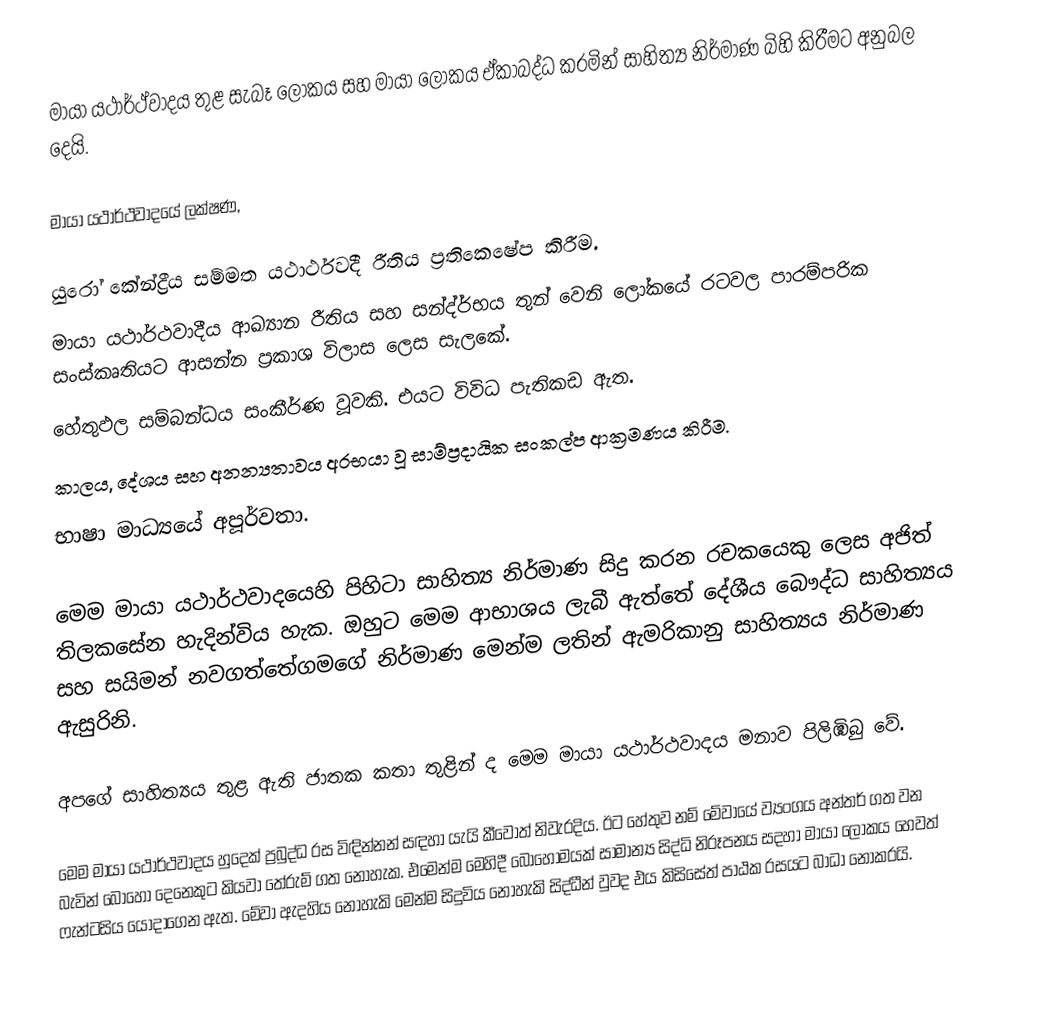
මායා යථාර්ථ්වාදය තුළ සැබෑ ලෝකය සහ මායා ලෝකය ඒකාබද්ධ කරමින් සාහිත්‍ය නිර්මාණ බිහි කිරීමට අනුබල දෙයි.

මායා යථාර්ථවාදයේ ලක්ෂණ,

 යුරෝ කේන්ද්‍රීය සම්මත යථාර්ථවදී රීතිය ප්‍රතිකෙෂේප කිරීම.
 මායා යථාර්ථවාදීය ආඛ්‍යාන රීතිය සහ සන්ද්ර්භය තුන් වෙනි ලෝකයේ රටවල පාරම්පරික සංස්කෘතියට ආසන්න ප්‍රකාශ විලාස ලෙස සැලකේ.
 හේතුඵල සම්බන්ධය සංකීර්ණ වූවකි. එයට විවිධ පැතිකඩ ඇත.
 කාලය, දේශය සහ අනන්‍යතාවය අරභයා වූ සාම්ප්‍රදායික සංකල්ප ආක්‍රමණය කිරීම.
 භාෂා මාධ්‍යයේ අපූර්වතා.

මෙම මායා යථාර්ථවාදයෙහි පිහිටා සාහිත්‍ය නිර්මාණ සිදු කරන රචකයෙකු ලෙස අජිත් තිලකසේන හැදින්විය හැක. ඔහුට මෙම ආභාශය ලැබී ඇත්තේ දේශීය බෞද්ධ සාහිත්‍යය සහ සයිමන් නවගත්තේගමගේ නිර්මාණ මෙන්ම ලතින් ඇමරිකානු සාහිත්‍යය නිර්මාණ ඇසුරිනි.

අපගේ සාහිත්‍යය තුළ ඇති ජාතක කතා තුළින් ද මෙම මායා යථාර්ථවාදය මනාව පිලිඹිබු වේ.

මෙම මායා යථාර්ථවාදය හුදෙක් ප්‍රබුද්ධ රස විඳින්නන් සඳහා යැයි කීවොත් නිවැරදිය. ඊට හේතුව නම් මේවායේ ව්‍යංගය අන්තර් ගත වන බැවින් බොහෝ දෙනෙකුට කියවා තේරුම් ගත නොහැක. එමෙන්ම මෙහිදී බොහොමයක් සාමාන්‍ය සිද්ධි නිරූපනය සදහා මායා ලෝකය හෙවත් ෆැන්ටසිය යොදාගෙන ඇත. මේවා ඇදහිය නොහැකි මෙන්ම සිදුවිය නොහැකි සිද්ධීන් වුවද එය කිසිසේත් පාඨක රසයට බාධා නොකරයි.